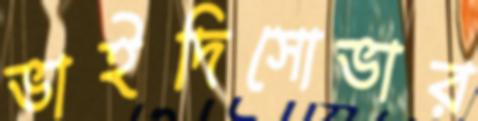
ভাইদিসোভার